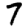
Digit: 7